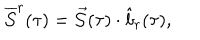
\overline { { { \cal S } } } ^ { r } ( \tau ) = \vec { \cal S } ( \tau ) \cdot \hat { b } _ { r } ( \tau ) ,